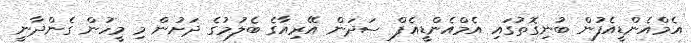
އެމްއެންޑީއެފުން ބުނިގޮތުގައި އެމްއެންޑީއެފް ސަދަން އޭރިއާގެ ބެލުމުގެ ދަށުން މި މީހުން ގެންދާނީ